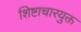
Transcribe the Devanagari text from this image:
शिष्टाचारयुक्त